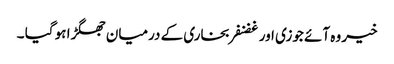
خیر وہ آئے جوزی اور غضنفر بخاری کے درمیان جھگڑا ہو گیا ۔